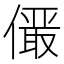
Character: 𪝫